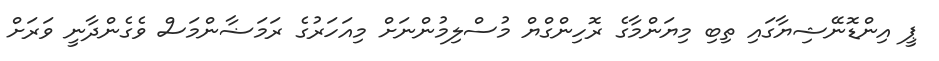
ޕީ އިންޑޮނޭޝިޔާގައި ތިބި މިޔަންމާގެ ރޮހިންގްޔް މުސްލިމުންނަށް މިއަހަރުގެ ރަމަޟާންމަސް ވެގެންދާނީ ވަރަށް